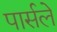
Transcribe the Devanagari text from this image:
पार्सले